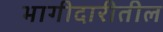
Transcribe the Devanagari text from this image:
भागीदारीतील